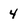
Character: 4